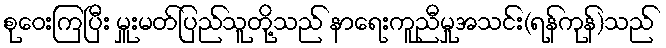
စုဝေးကြပြီး မှူးမတ်ပြည်သူတို့သည် နာရေးကူညီမှုအသင်း(ရန်ကုန်)သည်